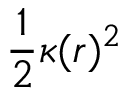
\frac { 1 } { 2 } \kappa ( r ) ^ { 2 }